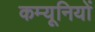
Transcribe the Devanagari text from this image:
कम्यूनियों